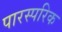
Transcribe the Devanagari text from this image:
पारस्‍परिक